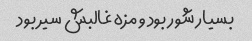
بسیار شور بود و مزه غالبش سیر بود